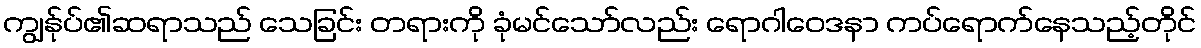
ကျွန်ုပ်၏ဆရာသည် သေခြင်း တရားကို ခုံမင်သော်လည်း ရောဂါဝေဒနာ ကပ်ရောက်နေသည့်တိုင်